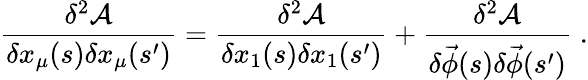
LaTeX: \frac{\delta^{2}\mathcal{A}}{\delta x_{\mu}(s)\delta x_{\mu}(s^{\prime})}=\frac{\delta^{2}\mathcal{A}}{\delta x_{1}(s)\delta x_{1}(s^{\prime})}+\frac{\delta^{2}\mathcal{A}}{\delta\vec{\phi}(s)\delta\vec{\phi}(s^{\prime})}\; .